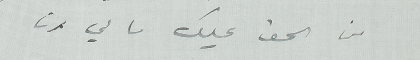
من الحق عليك ما لي انا